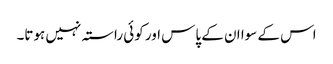
اس کے سوا ان کے پاس اور کوئی راستہ نہیں ہوتا۔